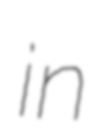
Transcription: in